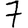
Digit: 7